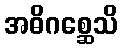
အဓိဂစ္ဆေသိ